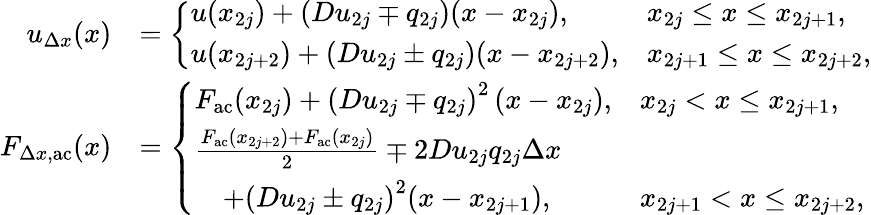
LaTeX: \begin{array}{rl}{u_{\Delta x}(x)}&{=\left\{ \begin{array}{ll}{u(x_{2j})+\left(Du_{2j}\mp q_{2j}\right)(x-x_{2j}),}&{x_{2j}\leq x\leq x_{2j+1},}\\ {u(x_{2j+2})+\left(Du_{2j}\pm q_{2j}\right)(x-x_{2j+2}),}&{x_{2j+1}\leq x\leq x_{2j+2},}\end{array}\right.}\\ {F_{\Delta x,\mathrm{ac}}(x)}&{=\left\{ \begin{array}{ll}{F_{\mathrm{ac}}(x_{2j})+\left(Du_{2j}\mp q_{2j}\right)^{2}\left(x-x_{2j}\right),}&{x_{2j}<x\leq x_{2j+1},}\\ {\frac{F_{\mathrm{ac}}(x_{2j+2})+F_{\mathrm{ac}}(x_{2j})}{2}\mp 2Du_{2j}q_{2j}\Delta x}\\ {\quad+\left(Du_{2j}\pm q_{2j}\right)^{2}(x-x_{2j+1}),}&{x_{2j+1}<x\leq x_{2j+2},}\end{array}\right.}\end{array}